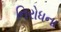
નિરોધના